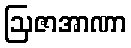
ဩဇာအာဏာ